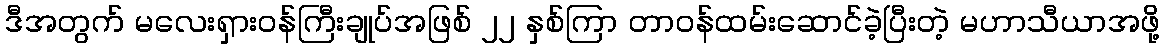
ဒီအတွက် မလေးရှားဝန်ကြီးချုပ်အဖြစ် ၂၂ နှစ်ကြာ တာဝန်ထမ်းဆောင်ခဲ့ပြီးတဲ့ မဟာသီယာအဖို့